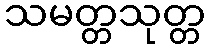
သမတ္တသုတ္တ